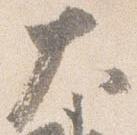
大